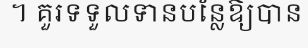
។ គួរទទួលទានបន្លែឱ្យបាន